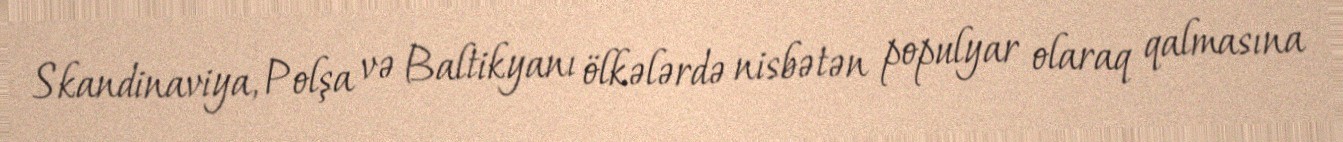
Skandinaviya, Polşa və Baltikyanı ölkələrdə nisbətən populyar olaraq qalmasına